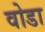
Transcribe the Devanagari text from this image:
वोडा